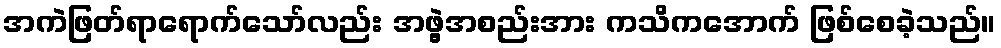
အကဲဖြတ်ရာရောက်သော်လည်း အဖွဲ့အစည်းအား ကသိကအောက် ဖြစ်စေခဲ့သည်။